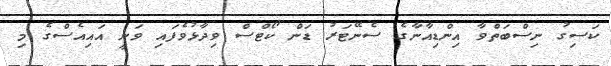
ކަސިގު ނިސްބަތްވާ އިންޑިއާނާގެ ސެނޭޓަރު ޑަން ކޯޓްސް ވިދާޅުވެފައި ވަނީ އައިއެސްގެ މި